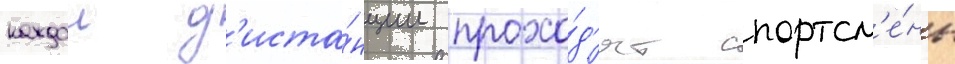
каждои д'иста́нции прохо́д'ят спортсм'е́ны